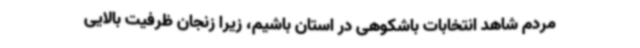
مردم شاهد انتخابات باشکوهی در استان باشیم، زیرا زنجان ظرفیت بالایی